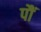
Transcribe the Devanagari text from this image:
पौं